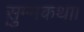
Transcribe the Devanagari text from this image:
सुम्मकथा।